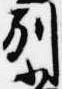
別